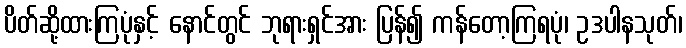
ပိတ်ဆို့ထားကြပုံနှင့် နောင်တွင် ဘုရားရှင်အား ပြန်၍ ကန်တော့ကြရပုံ၊ ဥဒပါနသုတ်၊